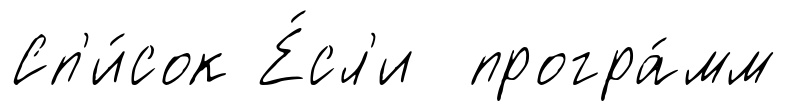
Сп'и́сок Е́сл'и програ́мм